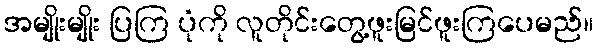
အမျိုးမျိုး ပြကြ ပုံကို လူတိုင်းတွေ့ဖူးမြင်ဖူးကြပေမည်။